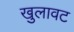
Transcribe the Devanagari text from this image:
खुलावट